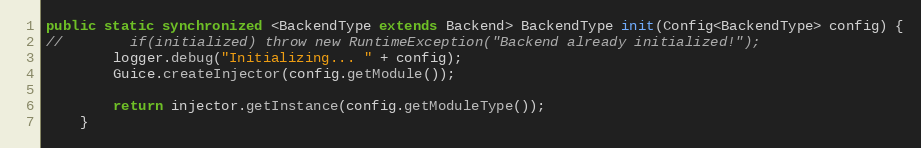
Language: Java
public static synchronized <BackendType extends Backend> BackendType init(Config<BackendType> config) {
//        if(initialized) throw new RuntimeException("Backend already initialized!");
        logger.debug("Initializing... " + config);
        Guice.createInjector(config.getModule());

        return injector.getInstance(config.getModuleType());
    }